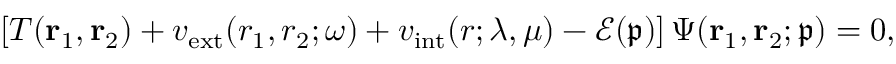
\left[ T ( \mathbf { r } _ { 1 } , \mathbf { r } _ { 2 } ) + v _ { \mathrm { e x t } } ( r _ { 1 } , r _ { 2 } ; \omega ) + v _ { \mathrm { i n t } } ( r ; \lambda , \mu ) - \mathcal { E } ( \mathfrak { p } ) \right] \Psi ( \mathbf { r } _ { 1 } , \mathbf { r } _ { 2 } ; \mathfrak { p } ) = 0 ,